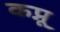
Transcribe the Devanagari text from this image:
कप्नू